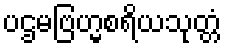
ပဌမဗြဟ္မစရိယသုတ္တံ